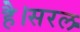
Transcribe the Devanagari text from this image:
है।सरल